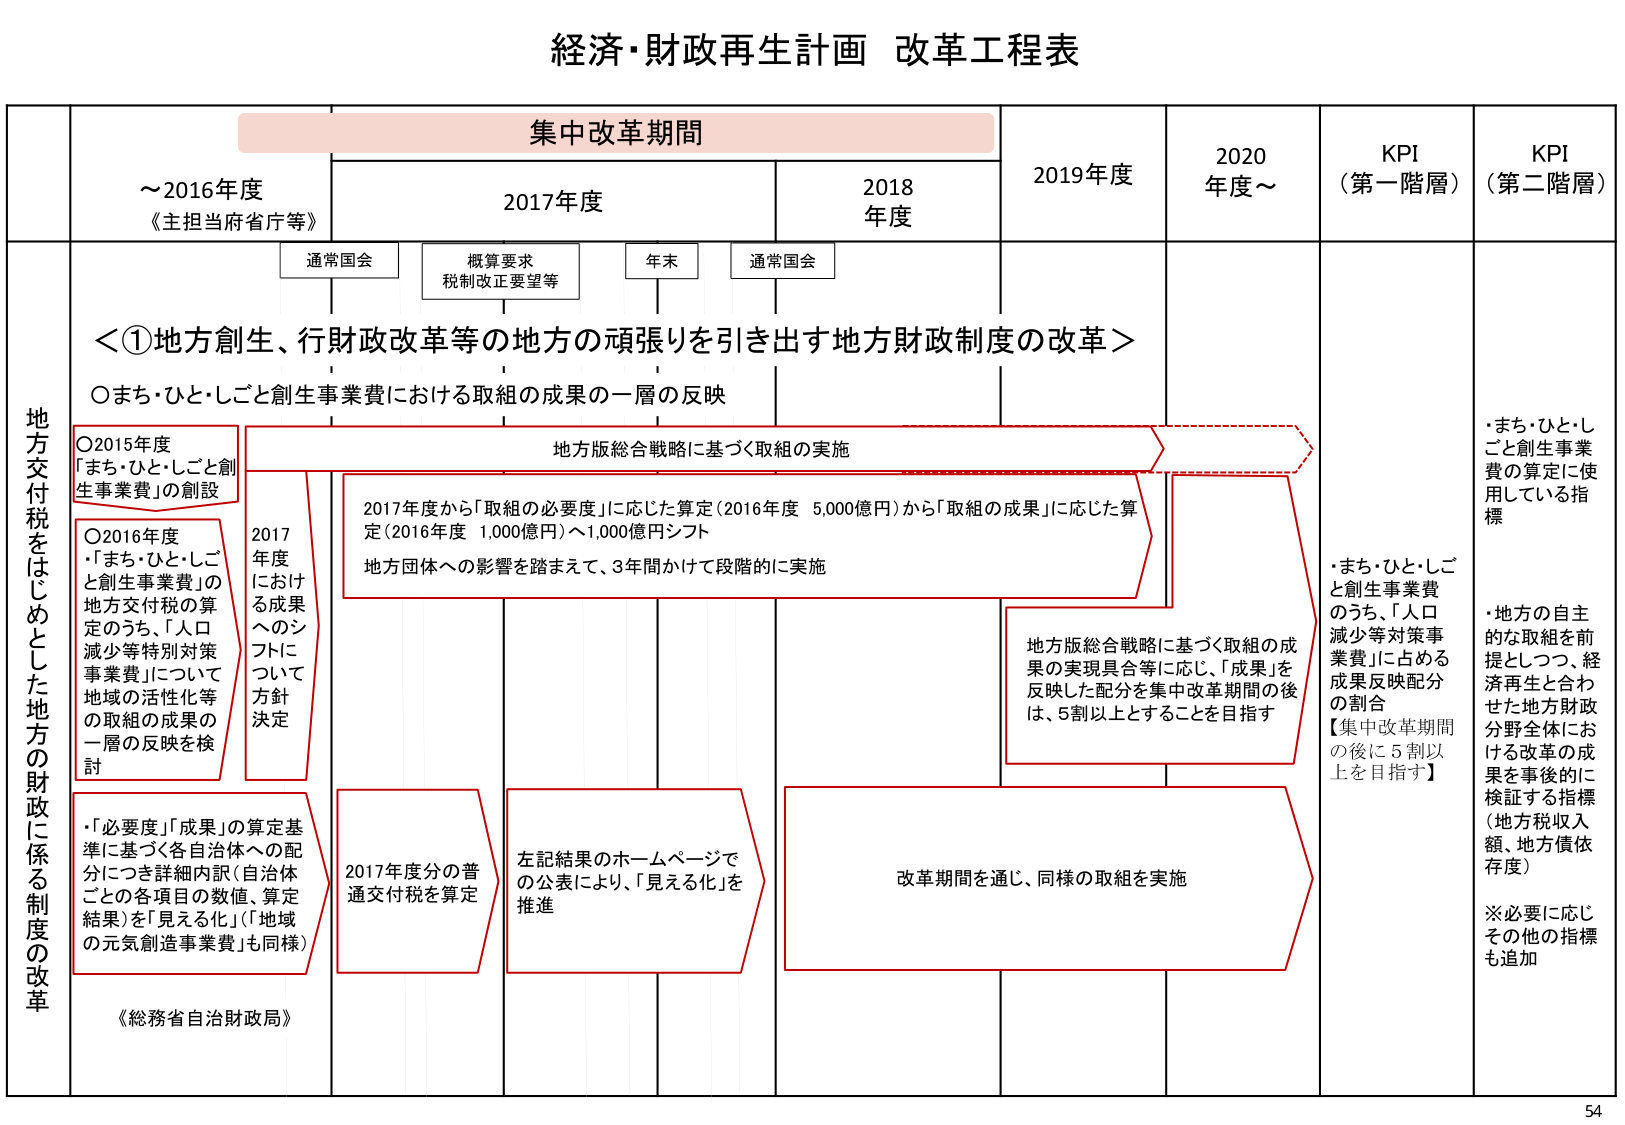
経済・財政再生計画 改革工程表

集中改革期間

～2016年度
《主担当府省庁等》

2017年度

2018年度

2019年度

2020年度～

KPI
（第一階層）

KPI
（第二階層）

通常国会

概算要求
税制改正要望等

年末

通常国会

地方交付税をはじめとした地方の財政に係る制度の改革

＜①地方創生、行財政改革等の地方の頑張りを引き出す地方財政制度の改革＞

○まち・ひと・しごと創生事業費における取組の成果の一層の反映

○2015年度
「まち・ひと・しごと創生事業費」の創設

○2016年度
・「まち・ひと・しごと創生事業費」の地方交付税の算定のうち、「人口減少等特別対策事業費」について地域の活性化等の取組の成果の一層の反映を検討

・「必要度」「成果」の算定基準に基づく各自治体への配分につき詳細内訳（自治体ごとの各項目の数値、算定結果）を「見える化」（「地域の元気創造事業費」も同様）

《総務省自治財政局》

2017年度における成果へのシフトについて方針決定

地方版総合戦略に基づく取組の実施

2017年度から「取組の必要度」に応じた算定（2016年度 5,000億円）から「取組の成果」に応じた算定（2016年度 1,000億円）へ1,000億円シフト
地方団体への影響を踏まえて、3年間かけて段階的に実施

2017年度分の普通交付税を算定

左記結果のホームページでの公表により、「見える化」を推進

地方版総合戦略に基づく取組の成果の実現具合等に応じ、「成果」を反映した配分を集中改革期間の後は、5割以上とすることを目指す

改革期間を通じ、同様の取組を実施

・まち・ひと・しごと創生事業費のうち、「人口減少等対策事業費」に占める成果反映配分の割合
【集中改革期間の後に5割以上を目指す】

・まち・ひと・しごと創生事業費の算定に使用している指標

・地方の自主的な取組を前提としつつ、経済再生と合わせた地方財政分野全体における改革の成果を事後的に検証する指標（地方税収入額、地方債依存度）
※必要に応じその他の指標も追加

54